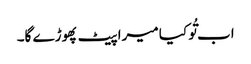
اب تُو کیا میرا پیٹ پھوڑے گا۔